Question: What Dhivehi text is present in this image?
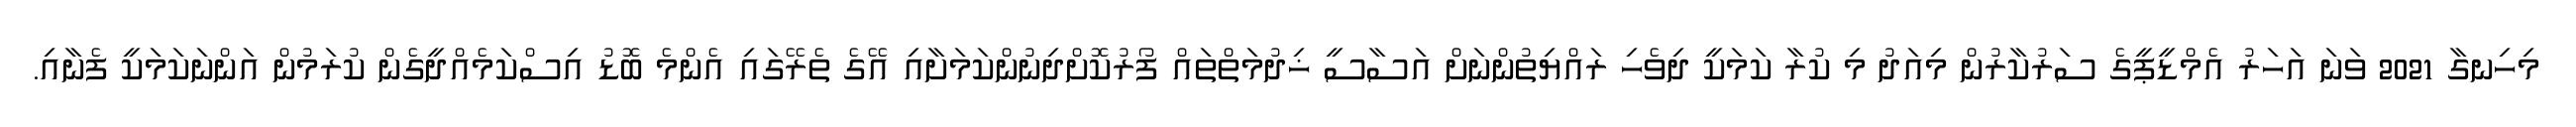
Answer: މިހިނގާ 2021 ވަނަ އަހަރު އެމްޑީޕީގެ ސަރުކާރުން މިއަދު މި ކުރާ ކަމަކީ ދިވެހި ރައްޔިތުންނަށް އަސާސީ ޚިދުމަތްތައް ފޯރުކޮށްދިނުންކަމަށާއި އޭގެ ތެރޭގައި އެންމެ ބޮޑު އިސްކަމެއްދީގެން ކުރަމުން އަންނަކަމަކީ ފެނާއި.